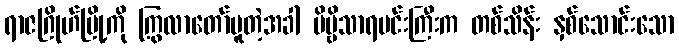
ရာဇဂြိုဟ်မြို့ကို ကြွလာတော်မူတဲ့အခါ ဗိမ္ဗိသာရမင်းကြီးက တစ်သိန်း နှစ်သောင်းသော